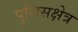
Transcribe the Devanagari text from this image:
पुलिसक्षेत्र